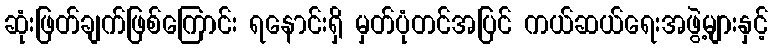
ဆုံးဖြတ်ချက်ဖြစ်ကြောင်း ရနောင်းရှိ မှတ်ပုံတင်အပြင် ကယ်ဆယ်ရေးအဖွဲ့များနှင့်